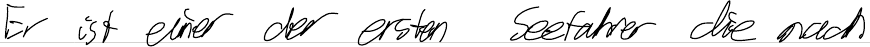
Er ist einer der ersten Seefahrer die nach